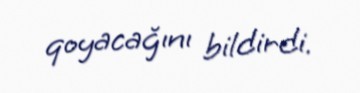
qoyacağını bildirdi.